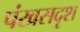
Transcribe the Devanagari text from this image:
पंखसदृश